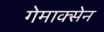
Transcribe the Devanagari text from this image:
गेमाक्सेन